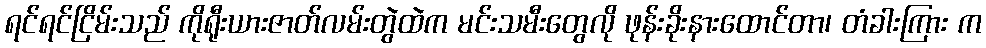
ရင်ရင်ငြိမ်းသည် ကိုရီုးယားဇာတ်လမ်းတွဲထဲက မင်းသမီးတွေလို ဖုန်းခိုးနားထောင်တာ၊ တံခါးကြား က